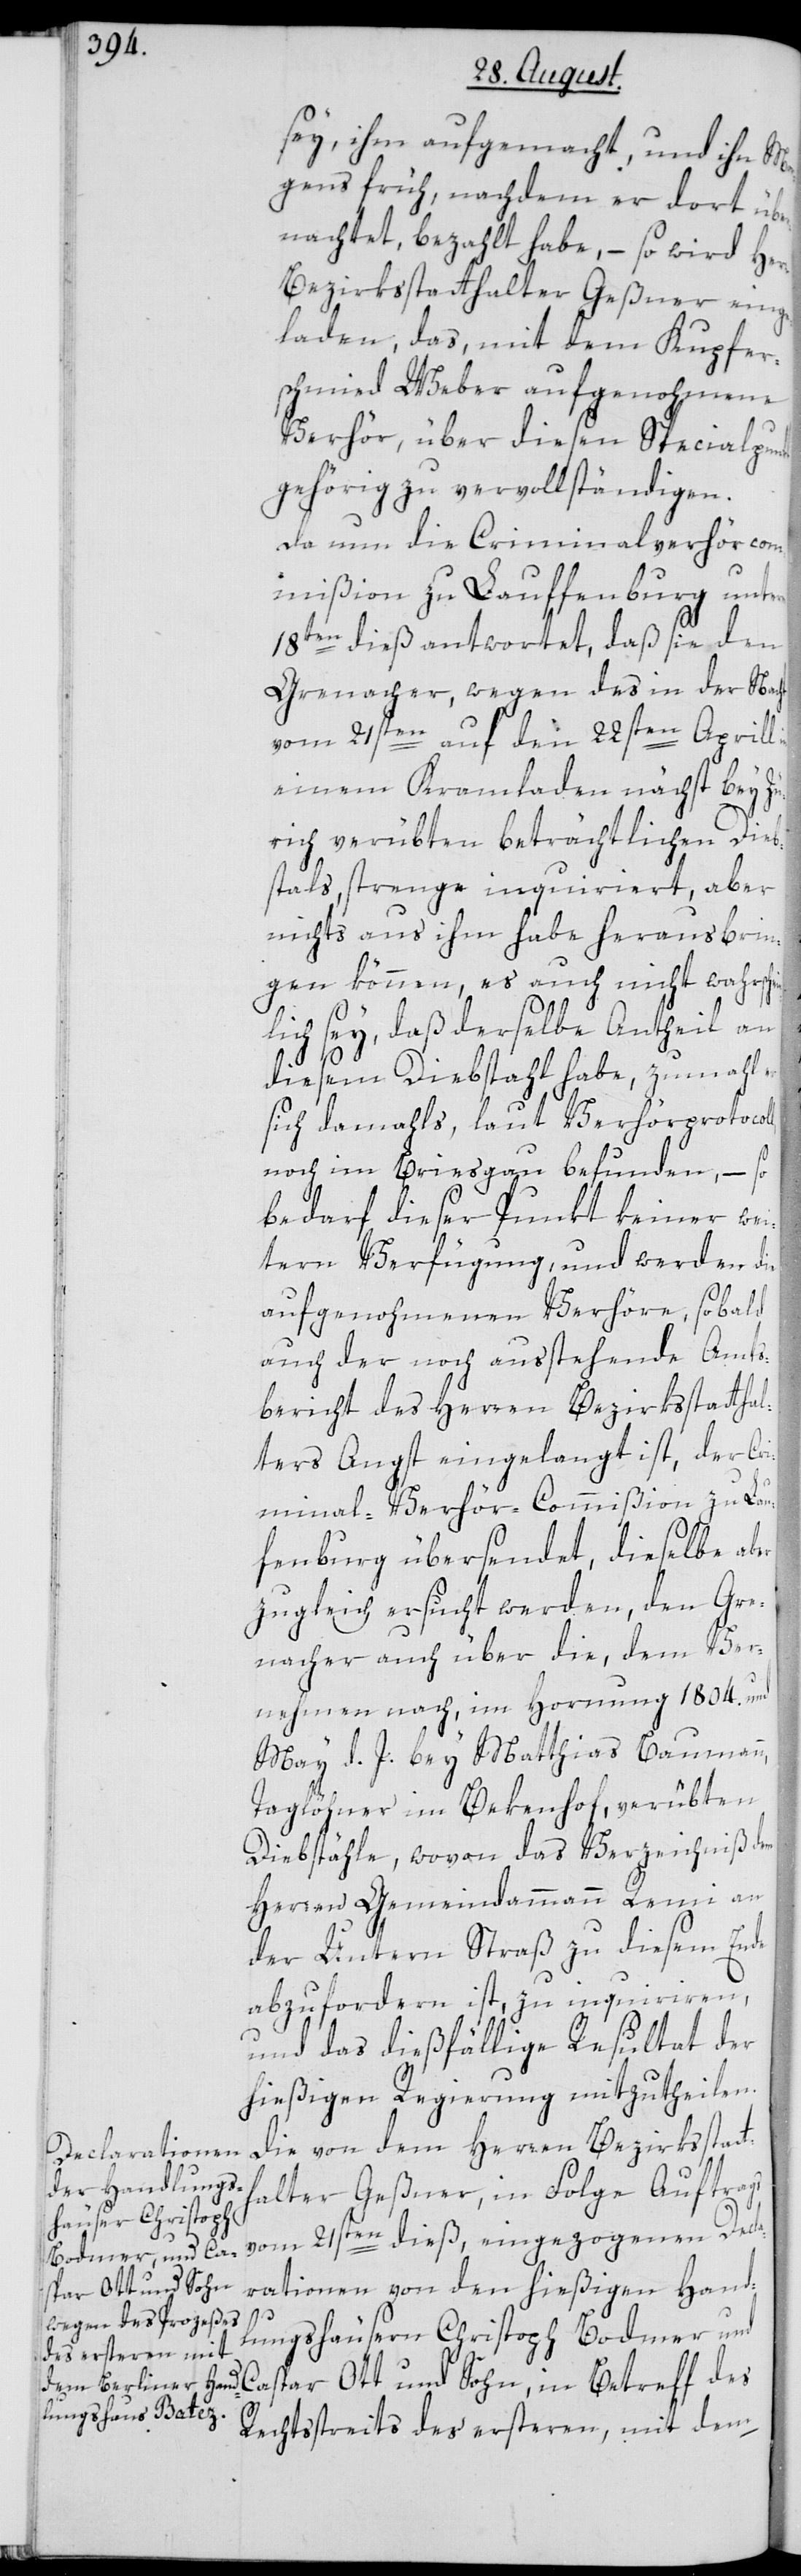
sey, ihm aufgemacht, und ihn Mor¬
gens früh, nachdem er dort übe¬
rnachtet, bezahlt habe, – so wird Herr
Bezirksstatthalter Geßner einge¬
laden, das, mit dem Kupfer¬
schmied Weber aufgenohmene
Verhör, über diesen Specialpunkt
gehörig zu vervollständigen.
Da nun die Criminalverhörcom¬
mißion zu Lauffenburg unterm
18ten dieß antwortet, daß sie den
Grenacher, wegen des in der Nacht
vom 21sten auf den 22sten Aprill
einem Kramladen nächst bey Zü¬
rich verübten beträchtlichen Dieb¬
stals, strenge inquiriert, aber
nichts aus ihm habe herausbrin¬
gen können, es auch nicht wahrsche¬
lich sey, daß derselbe Antheil an
diesem Diebstahl habe, zumahl
sich damahls, laut Verhörprotocoll,
noch im Briesgau befunden, – so
bedarf dieser Punkt keiner wei¬
tern Verfügung, und werden die
aufgenohmenen Verhöre, sobald
auch der noch ausstehende Amts¬
bericht des Herren Bezirksstatthal¬
ters Angst eingelangt ist, der Cr¬
iminal-Verhör-Commißion zu Lau¬
fenburg übersendet, dieselbe aber
zugleich ersucht werden, den Gre¬
nacher auch über die, dem Ver¬
nehmen nach, im Hornung 1804. und
May d. J. bey Matthias Baumann,
Taglöhner im Bekenhof, verübten
Diebstähle, wovon das Verzeichniß dem
Herren Gemeindammann Remi an
der Untern Straß zu diesem Ende
abzufordern ist, zu inquirieren,
und das dießfällige Resultat der
hießigen Regierung mitzutheilen.
Die von dem Herren Bezirksstat¬
alter Geßner, in Folge Auftrags
vom 21sten dieß, eingezogenen Decla¬
rationen von den hießigen Hand¬
th¬
lungshäusern Christoph Bodmer und
Caspar Ott und Sohn, in Betreff des
Rechtstreits des ersteren, mit dem